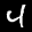
Label: 4